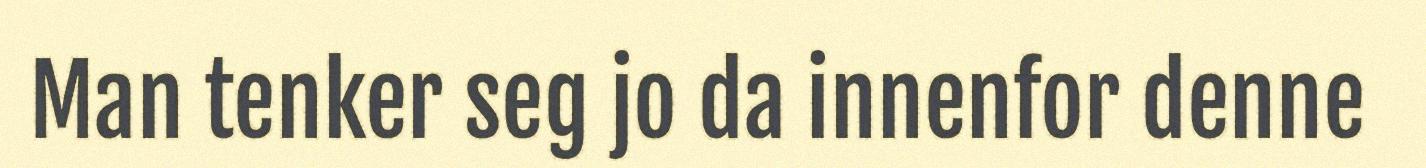
Man tenker seg jo da innenfor denne